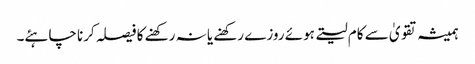
ہمیشہ تقویٰ سے کام لیتے ہوئے روزے رکھنے یا نہ رکھنے کا فیصلہ کرنا چاہئے۔